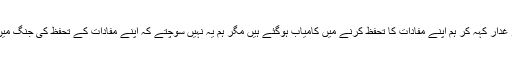
ہمیں لگتا ہوگا کہ بنگالیوں کو غدار کہہ کر ہم اپنے مفادات کا تحفظ کرنے میں کامیاب ہوگئے ہیں مگر ہم یہ نہیں سوچتے کہ اپنے مفادات کے تحفظ کی جنگ میں آدھا ملک ہم سے الگ ہوگیا۔